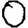
Digit: 0